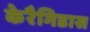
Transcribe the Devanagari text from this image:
केरैमिडास